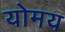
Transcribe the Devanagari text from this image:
योमय